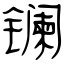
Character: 镧